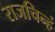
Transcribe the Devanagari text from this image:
राजचिन्हं